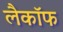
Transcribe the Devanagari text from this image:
लैकॉफ